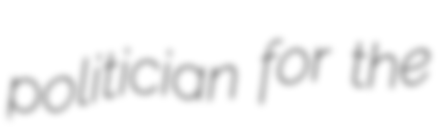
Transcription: politician for the